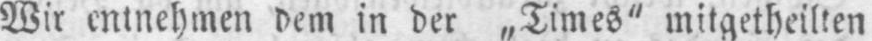
Wir entnehmen dem in der „Times“ mitgetheilten